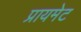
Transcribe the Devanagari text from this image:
प्रायमेट